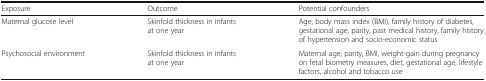
<table><thead><tr><td><b>Exposure</b></td><td><b>Outcome</b></td><td><b>Potential confounders</b></td></tr></thead><tbody><tr><td>Maternal glucose level</td><td>Skinfold thickness in infants at one year</td><td>Age, body mass index (BMI), family history of diabetes, gestational age, parity, past medical history, family history of hypertension and socio-economic status</td></tr><tr><td>Psychosocial environment</td><td>Skinfold thickness in infants at one year</td><td>Maternal age, parity, BMI, weight-gain during pregnancy on fetal biometry measures, diet, gestational age, lifestyle factors, alcohol and tobacco use</td></tr></tbody></table>